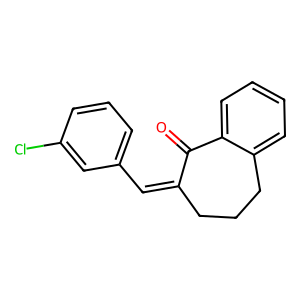
SMILES: O=C1C(=Cc2cccc(Cl)c2)CCCc2ccccc21
Inhibits HIV replication: No